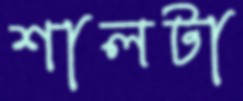
শালটা